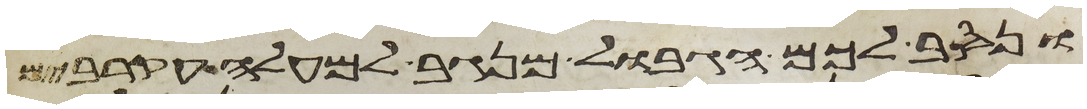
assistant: ונסב לכם הגבול מנגב למעלה עקרבים